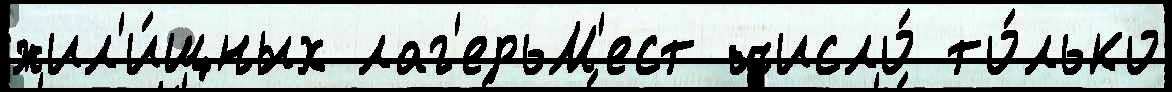
жил'и́щных лаг'ерьМ'ест число́ то́лько